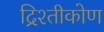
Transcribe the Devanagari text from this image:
द्रिश्तीकोण